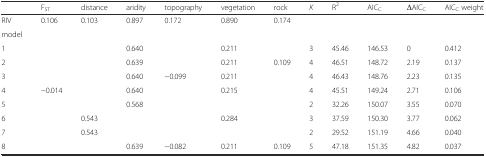
<table><thead><tr><td>[EMPTY_CELL]</td><td><b>F<sub>ST</sub></b></td><td><b>distance</b></td><td><b>aridity</b></td><td><b>topography</b></td><td><b>vegetation</b></td><td><b>rock</b></td><td><b><i>K</i></b></td><td><b>R<sup>2</sup></b></td><td><b>AIC<sub>C</sub></b></td><td><b>ΔAIC<sub>C</sub></b></td><td><b>AIC<sub>C</sub> weight</b></td></tr></thead><tbody><tr><td>RIV</td><td>0.106</td><td>0.103</td><td>0.897</td><td>0.172</td><td>0.890</td><td>0.174</td><td>[EMPTY_CELL]</td><td>[EMPTY_CELL]</td><td>[EMPTY_CELL]</td><td>[EMPTY_CELL]</td><td>[EMPTY_CELL]</td></tr><tr><td>model</td><td>[EMPTY_CELL]</td><td>[EMPTY_CELL]</td><td>[EMPTY_CELL]</td><td>[EMPTY_CELL]</td><td>[EMPTY_CELL]</td><td>[EMPTY_CELL]</td><td>[EMPTY_CELL]</td><td>[EMPTY_CELL]</td><td>[EMPTY_CELL]</td><td>[EMPTY_CELL]</td><td>[EMPTY_CELL]</td></tr><tr><td>1</td><td>[EMPTY_CELL]</td><td>[EMPTY_CELL]</td><td>0.640</td><td>[EMPTY_CELL]</td><td>0.211</td><td>[EMPTY_CELL]</td><td>3</td><td>45.46</td><td>146.53</td><td>0</td><td>0.412</td></tr><tr><td>2</td><td>[EMPTY_CELL]</td><td>[EMPTY_CELL]</td><td>0.639</td><td>[EMPTY_CELL]</td><td>0.211</td><td>0.109</td><td>4</td><td>46.51</td><td>148.72</td><td>2.19</td><td>0.137</td></tr><tr><td>3</td><td>[EMPTY_CELL]</td><td>[EMPTY_CELL]</td><td>0.640</td><td>−0.099</td><td>0.211</td><td>[EMPTY_CELL]</td><td>4</td><td>46.43</td><td>148.76</td><td>2.23</td><td>0.135</td></tr><tr><td>4</td><td>−0.014</td><td>[EMPTY_CELL]</td><td>0.640</td><td>[EMPTY_CELL]</td><td>0.215</td><td>[EMPTY_CELL]</td><td>4</td><td>45.51</td><td>149.24</td><td>2.71</td><td>0.106</td></tr><tr><td>5</td><td>[EMPTY_CELL]</td><td>[EMPTY_CELL]</td><td>0.568</td><td>[EMPTY_CELL]</td><td>[EMPTY_CELL]</td><td>[EMPTY_CELL]</td><td>2</td><td>32.26</td><td>150.07</td><td>3.55</td><td>0.070</td></tr><tr><td>6</td><td>[EMPTY_CELL]</td><td>0.543</td><td>[EMPTY_CELL]</td><td>[EMPTY_CELL]</td><td>0.284</td><td>[EMPTY_CELL]</td><td>3</td><td>37.59</td><td>150.30</td><td>3.77</td><td>0.062</td></tr><tr><td>7</td><td>[EMPTY_CELL]</td><td>0.543</td><td>[EMPTY_CELL]</td><td>[EMPTY_CELL]</td><td>[EMPTY_CELL]</td><td>[EMPTY_CELL]</td><td>2</td><td>29.52</td><td>151.19</td><td>4.66</td><td>0.040</td></tr><tr><td>8</td><td>[EMPTY_CELL]</td><td>[EMPTY_CELL]</td><td>0.639</td><td>−0.082</td><td>0.211</td><td>0.109</td><td>5</td><td>47.18</td><td>151.35</td><td>4.82</td><td>0.037</td></tr></tbody></table>